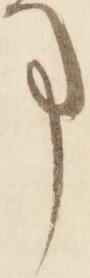
事